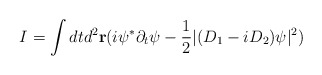
\begin{align*}I = \int dt d^{2} { \bf r} ( i \psi^{\ast} \partial_t \psi - { 1 \over 2} |( D_1 - i D_2) \psi |^{2})\end{align*}